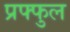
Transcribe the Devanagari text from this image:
प्रफ्फुल